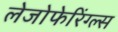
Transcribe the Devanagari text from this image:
लेजोफेरिंग्ल्स